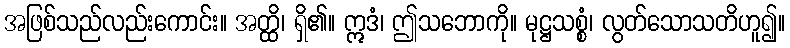
အဖြစ်သည်လည်းကောင်း။ အတ္ထိ၊ ရှိ၏။ ဣဒံ၊ ဤသဘောကို။ မုဋ္ဌသစ္စံ၊ လွတ်သောသတိဟူ၍။